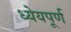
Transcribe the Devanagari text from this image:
ध्येयपूर्ण